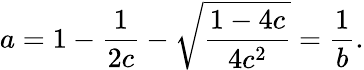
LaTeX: a=1-\frac{1}{2c}-\sqrt{\frac{1-4c}{4c^{2}}}=\frac{1}{b}.